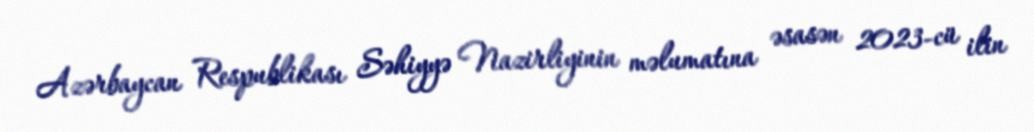
Azərbaycan Respublikası Səhiyyə Nazirliyinin məlumatına əsasən 2023-cü ilin